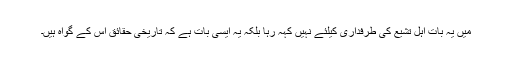
میں یہ بات اہلِ تشیع کی طرفداری کیلئے نہیں کہہ رہا بلکہ یہ ایسی بات ہے کہ تاریخی حقائق اس کے گواہ ہیں۔